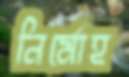
নির্মোহ